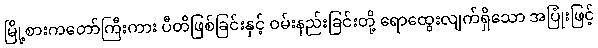
မြို့စားကတော်ကြီးကား ပီတိဖြစ်ခြင်းနှင့် ဝမ်းနည်းခြင်းတို့ ရောထွေးလျက်ရှိသော အပြုံးဖြင့်